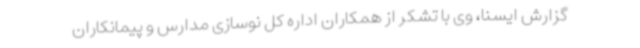
گزارش ایسنا، وی با تشکر از همکاران اداره کل نوسازی مدارس و پیمانکاران